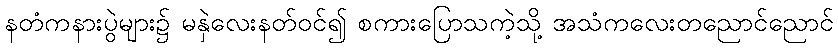
နတံကနားပွဲများ၌ မနှဲလေးနတ်ဝင်၍ စကားပြောသကဲ့သို့ အသံကလေးတညောင်ညောင်